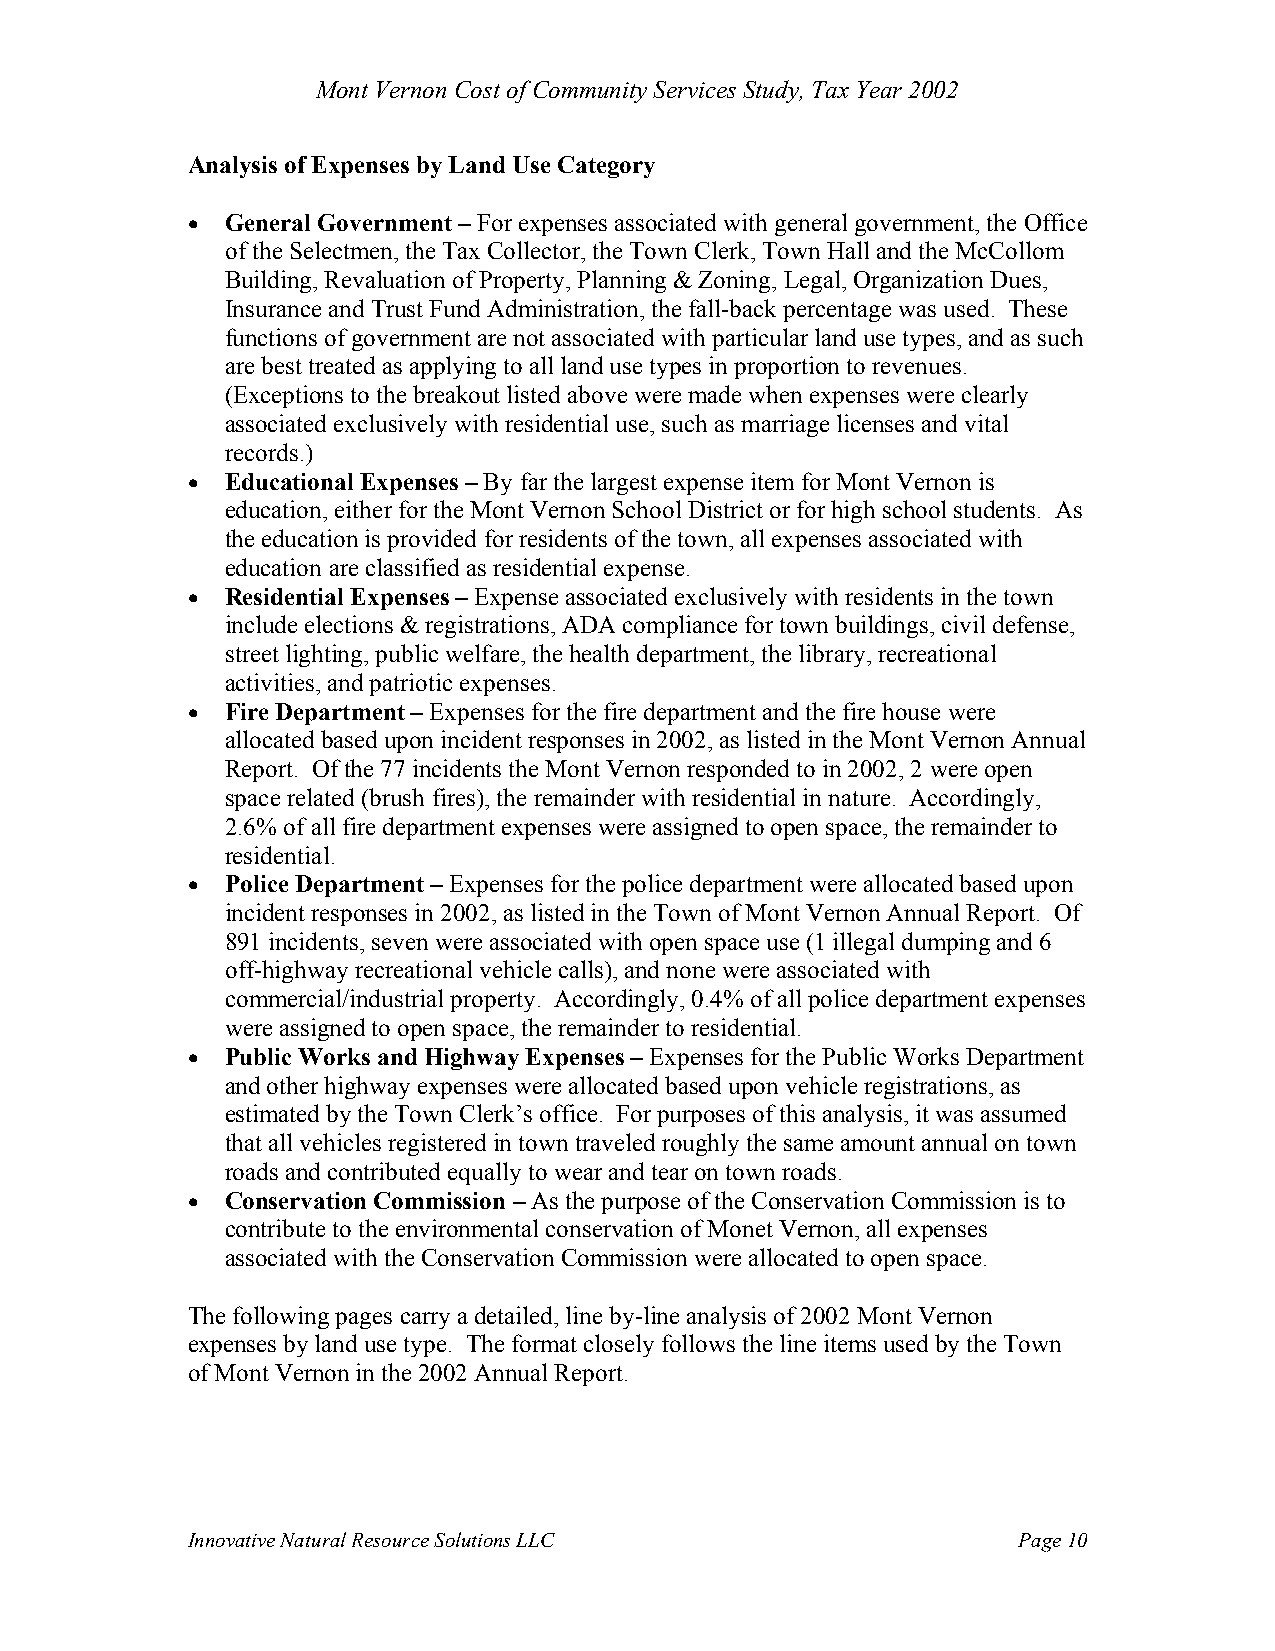
Mont Vernon Cost of Community Services Study, Tax Year 2002
 Analysis of Expenses by Land Use Category
 •  General Government – For expenses associated with general government, the Office
 of the Selectmen, the Tax Collector, the Town Clerk, Town Hall and the McCollom
 Building, Revaluation of Property, Planning & Zoning, Legal, Organization Dues,
 Insurance and Trust Fund Administration, the fall-back percentage was used. These
 functions of government are not associated with particular land use types, and as such
 are best treated as applying to all land use types in proportion to revenues.
 (Exceptions to the breakout listed above were made when expenses were clearly
 associated exclusively with residential use, such as marriage licenses and vital
 records.)
 •  Educational Expenses – By far the largest expense item for Mont Vernon is
 education, either for the Mont Vernon School District or for high school students. As
 the education is provided for residents of the town, all expenses associated with
 education are classified as residential expense.
 •  Residential Expenses – Expense associated exclusively with residents in the town
 include elections & registrations, ADA compliance for town buildings, civil defense,
 street lighting, public welfare, the health department, the library, recreational
 activities, and patriotic expenses.
 •  Fire Department – Expenses for the fire department and the fire house were
 allocated based upon incident responses in 2002, as listed in the Mont Vernon Annual
 Report. Of the 77 incidents the Mont Vernon responded to in 2002, 2 were open
 space related (brush fires), the remainder with residential in nature. Accordingly,
 2.6% of all fire department expenses were assigned to open space, the remainder to
 residential.
 •  Police Department – Expenses for the police department were allocated based upon
 incident responses in 2002, as listed in the Town of Mont Vernon Annual Report. Of
 891 incidents, seven were associated with open space use (1 illegal dumping and 6
 off-highway recreational vehicle calls), and none were associated with
 commercial/industrial property. Accordingly, 0.4% of all police department expenses
 were assigned to open space, the remainder to residential.
 •  Public Works and Highway Expenses – Expenses for the Public Works Department
 and other highway expenses were allocated based upon vehicle registrations, as
 estimated by the Town Clerk’s office. For purposes of this analysis, it was assumed
 that all vehicles registered in town traveled roughly the same amount annual on town
 roads and contributed equally to wear and tear on town roads.
 •  Conservation Commission – As the purpose of the Conservation Commission is to
 contribute to the environmental conservation of Monet Vernon, all expenses
 associated with the Conservation Commission were allocated to open space.
 The following pages carry a detailed, line by-line analysis of 2002 Mont Vernon
 expenses by land use type. The format closely follows the line items used by the Town
 of Mont Vernon in the 2002 Annual Report.
 Innovative Natural Resource Solutions LLC              Page 10